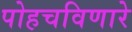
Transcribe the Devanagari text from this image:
पोहचविणारे